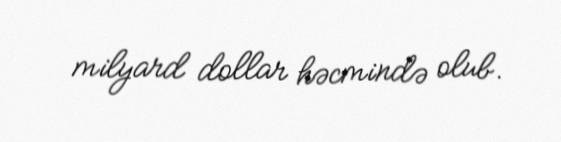
milyard dollar həcmində olub.